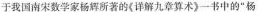
于我国南宋数学家杨辉所著的《详解九章算术》一书中的